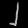
Digit: ၂